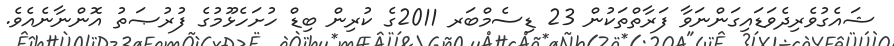
ޝައެގުވެރިދެވަޑައިގަންނަވާ ފަރާތްތަކުން 23 ޑިސެމްބަރ 2011ގެ ކުރިން ބިޑް ހުށަހެޅޫމުގެ ފުރުޞަތު އޮންނާނެއެވެ.